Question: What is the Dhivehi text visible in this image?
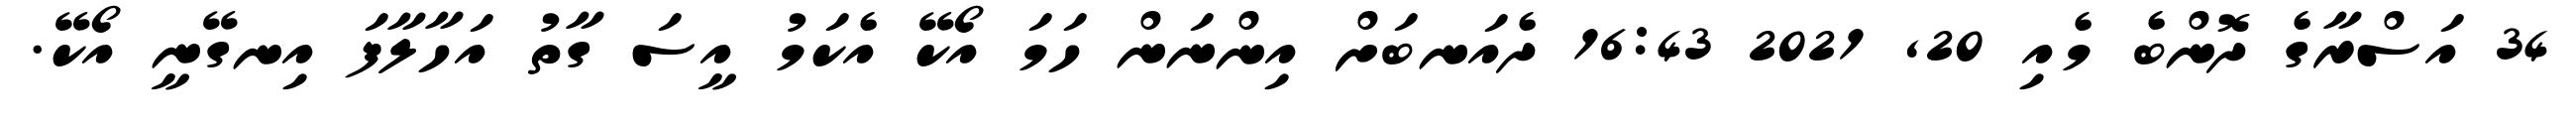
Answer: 34 އަސްރާގެ ދޮންބެ މެއި 20, 2021 16:43 ދެއަނބަށް އިންނަން ހަމަ އޯކޭ އެކަމު އީސަ ގާތު އަހާލާފަ އިނގޭނީ އޯކޭ.